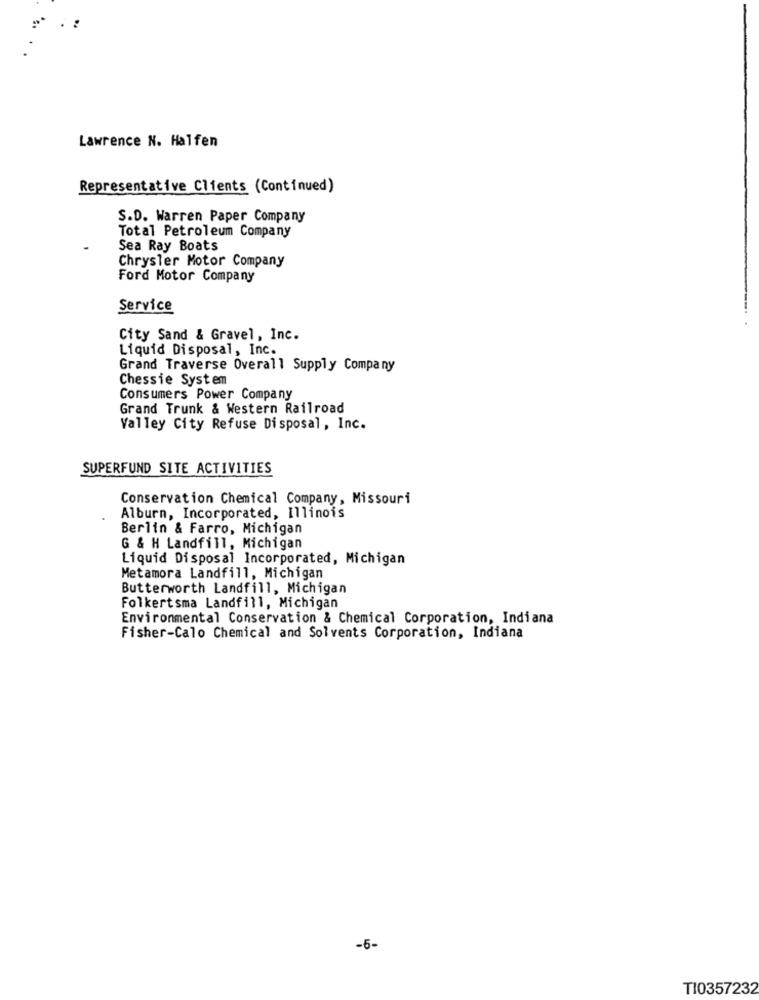
Lawrence N. Halfen
Representative Clients (Continued)
S.D. Warren Paper Company
Total Petroleum Company
Sea Ray Boats
Chrysler Motor Company
Ford Motor Company
Service
City Sand & Gravel, Inc.
Liquid Disposal, Inc.
Grand Traverse Overall Supply Company
Chessie System
Consumers Power Company
Grand Trunk & Western Railroad
Valley City Refuse Disposal, Inc.
SUPERFUND SITE ACTIVITIES
Conservation Chemical Company, Missouri
Alburn, Incorporated, Illinois
Berlin & Farro, Michigan
G & H Landfill, Michigan
Liquid Disposal Incorporated, Michigan
Metamora Landfill, Michigan
Butterworth Landfill, Michigan
Folkertsma Landfill, Michigan
Environmental Conservation & Chemical Corporation, Indiana
Fisher-Calo Chemical and Solvents Corporation, Indiana
-6-
TI0357232